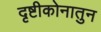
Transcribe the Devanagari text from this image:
दृष्टीकोनातुन